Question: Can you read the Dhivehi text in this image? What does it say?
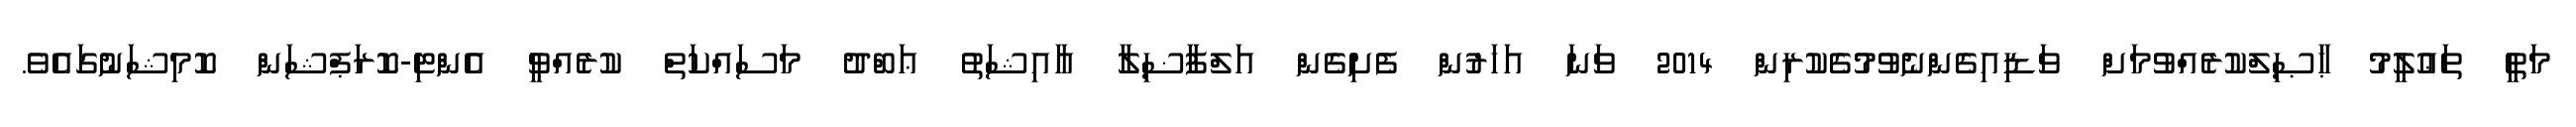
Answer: މަތީ ތަޢުލީމު ޙާޞިލްކުރެއްވުމަށް ވަޑިއިގެންނެވުމުގެކުރިން 2014 ވަނަ އަހަރުން ފެށިގެން އަލްފާޟިލާ އާއިޝަތު ޢަބްދު މަސައްކަތް ކުރެއްވީ އެންޓި-ކޮރަޕްޝަން ކޮމިޝަނުގައެވެ.